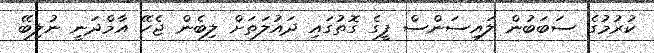
ކުރުމުގެ ސަބަބުން ލައިސަންސް ފީގެ ގޮތުގައި ދައުލަތަށް ލިބެން ޖެހޭ އާމްދަނީ ނުލިބޭ